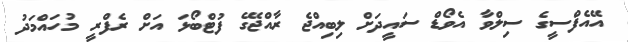
އޭއެފްސީގެ ސިލްވާ އެވޯޑް ސައީދަށް ލިބިއްޖެ ރާއްޖޭގެ ފުޓްބޯޅަ އަށް ރެފްރީ މުހައްމަދު